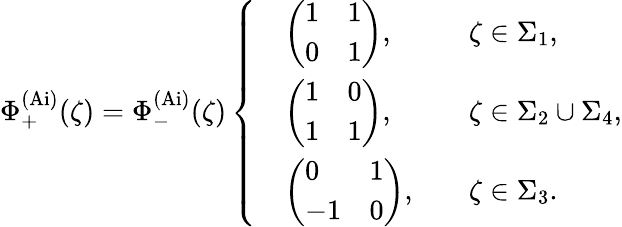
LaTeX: \Phi_{+}^{\mathrm{(Ai)}}(\zeta)=\Phi_{-}^{\mathrm{(Ai)}}(\zeta)\left\{ \begin{array}{rlrl}&{\left(\begin{array}{ll}{1}&{1}\\ {0}&{1}\end{array}\right),}&&{\zeta\in\Sigma_{1},}\\ &{\left(\begin{array}{ll}{1}&{0}\\ {1}&{1}\end{array}\right),}&&{\zeta\in\Sigma_{2}\cup\Sigma_{4},}\\ &{\left(\begin{array}{ll}{0}&{1}\\ {-1}&{0}\end{array}\right),}&&{\zeta\in\Sigma_{3}.}\end{array}\right.